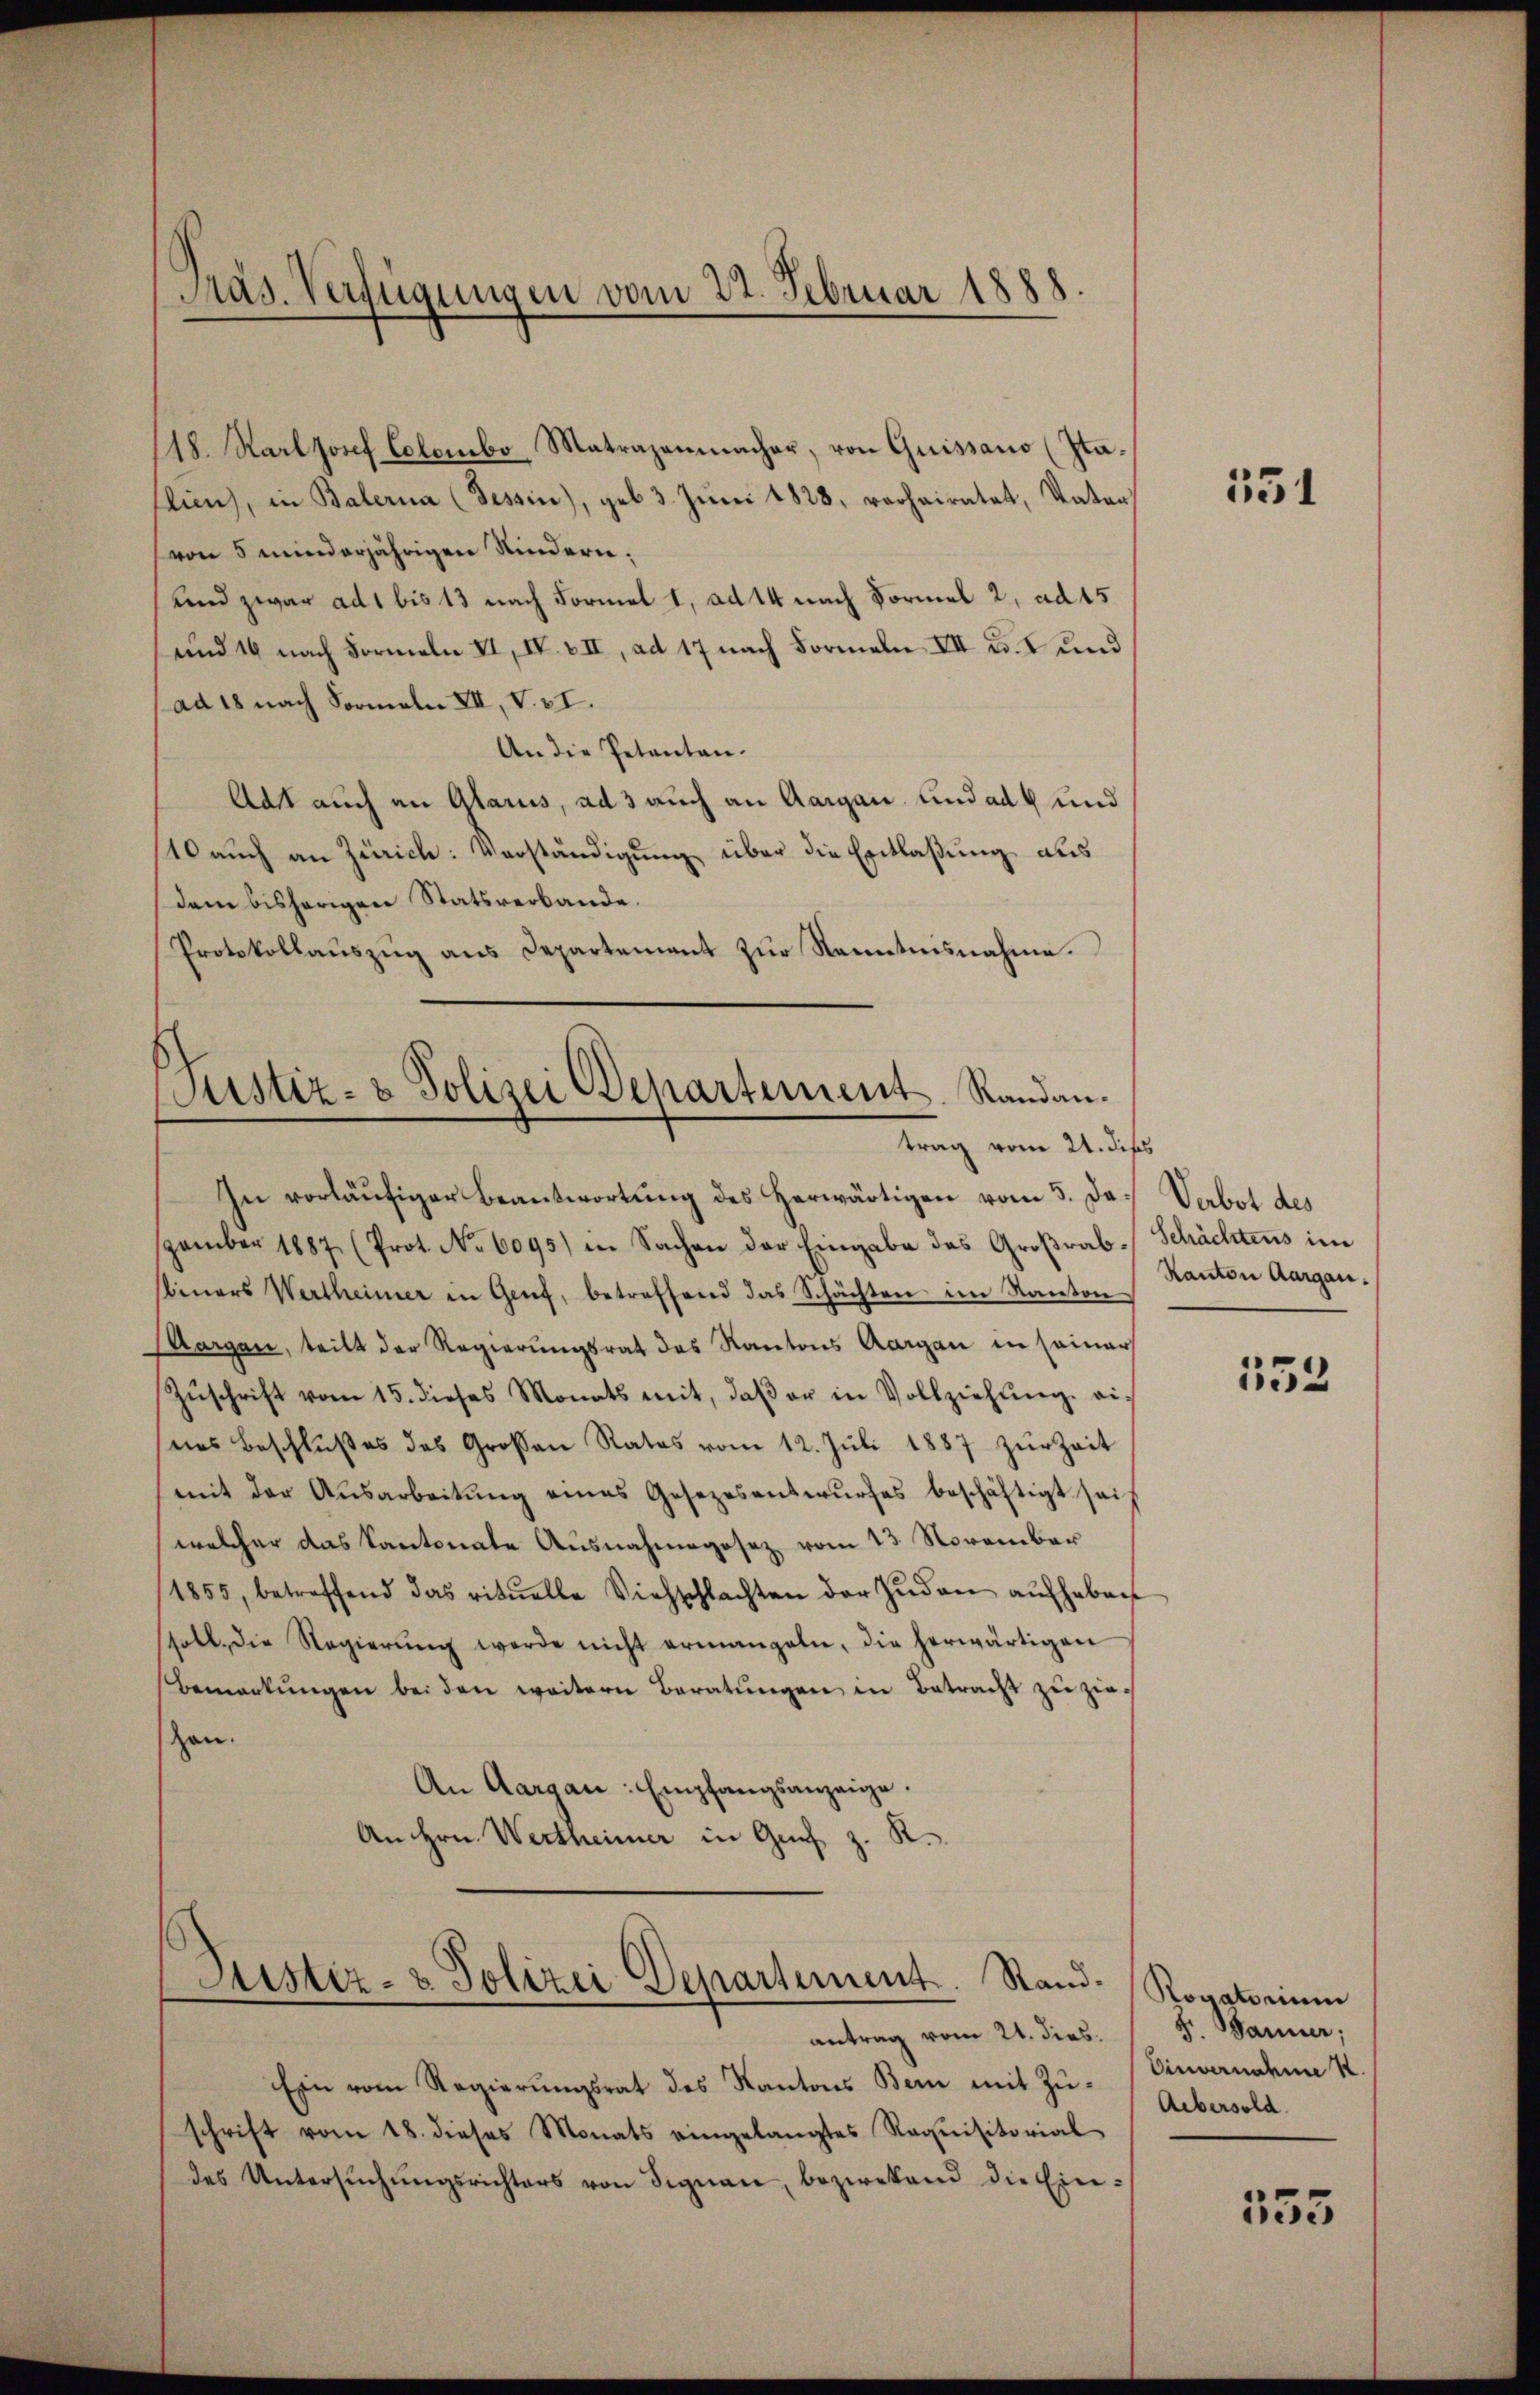
Pras. Verfügungen vom 22. Februar 1888

/18. Karl Josef Colombo Matrazenmacher, von Quissano (Ita¬
Clien), in Balerna (Tessin), geb. 3. Juni 1828, rechairatet, Vater
von 5 minderjährigen Kindern;
(und zwar ad 1 bis 13 nach Formel 1, ad 14 nach Formal 2, ad 15
und 14 nach Formeln II, IV. VII, ad 17 nach Formeln VII u. 2 und
ad 18 nach Formeln XII, V. VI.
An die Petenten.
Adt auch an Glarus, ad 3 auch an Aargau, und ad 4 und
10 auch an Zürich: Verständigung über die Entlaßung aus
dem bisherigen Statsverbande.
Protokollaŭszŭg ans Departement zŭr Kenntnisnahme.
Justiz- & Polizei Departement. Randan¬

trag vom 21. dies

Pustiz- & Polizei Departement. Rand.
antrag vom 21. dies.

In vorläŭfiger Beantwortung des herwärtigen vom 5. Ja. Verbot des
zember 1887 (Prot. No 6095) in Sachen der Eingabe das Groβrab-Schächtens im
stiners Wertheimer in Genf, betreffend das Schächten im Kanton
Aargau, teilt der Regierungsrat das Kantons Aargau in seiner
Zŭschrift vom 15. dieses Monats mit, daβ er in Vollziehŭng ei-
nes Beschlŭβes des Großen Rates vom 12. Jŭli 1887 zŭr Zeit
mit der Ausarbeitung eines Gesezesentwurfes beschäftigt sei
welcher das Kantonate Ausnahmegosez vom 23. November
1855, betreffend das ritŭelle Viehschlachten der Juden aufheben
stoll die Regierŭng werde nicht ermangeln, die herwärtigen
Bemerkŭngen bei den weitern Beratŭngen in Betracht zŭ ziehan.
An Aargau: Empfangsanzeige.
8.
An Hrn. Wertheimer in Genf z.

Ein vom Regierungsrat des Kantons Bern mit Zuschrift vom 18. dieses Monats eingelangtes Requisitorial
des Untersŭchŭngsrichters von Signau, bezwekend die Ein-

151

Kanton Aargau.

153

Rovatorium
Jr. Banner;
Einvernahmen.
Aebersold

555